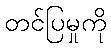
တင်ပြမှုကို